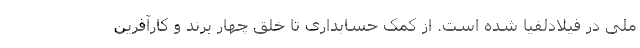
ملی در فیلادلفیا شده است. از کمک حسابداری تا خلق چهار برند و کارآفرین